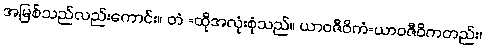
အမြစ်သည်လည်းကောင်း။ တံ =ထိုအလုံးစုံသည်။ ယာဝဇီဝိကံ=ယာဝဇီဝိကတည်း၊